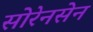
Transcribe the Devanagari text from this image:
सोरेनसेन